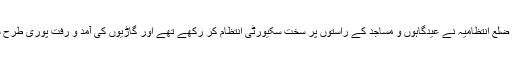
حفاظت کے پیش نظر ضلع انتظامیہ نے عیدگاہوں و مساجد کے راستوں پر سخت سکیورٹی انتظام کر رکھے تھے اور گاڑیوں کی آمد و رفت پوری طرح سے بند کر دیا گیا تھا۔